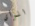
الرأى